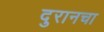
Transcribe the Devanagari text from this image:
दुरानचा